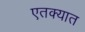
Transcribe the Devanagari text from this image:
एतक्यात